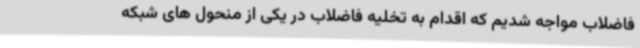
فاضلاب مواجه شدیم که اقدام به تخلیه فاضلاب در یکی از منحول های شبکه